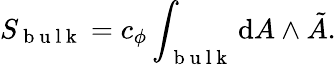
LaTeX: S_{\mathrm{~b~u~l~k~}}=c_{\phi}\int_{\mathrm{~b~u~l~k~}}\mathrm{d}A\wedge\tilde{A}.